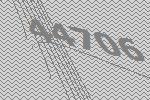
44706